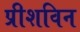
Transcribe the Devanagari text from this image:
प्रीशविन